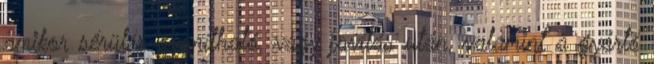
amikor sérülés gyanítható, vagy javítás után, valamint a gyártó